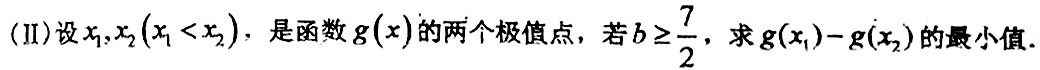
(II)设$x_1,x_2(x_1 < x_2)$，是函数$g(x)$的两个极值点，若$b\geq \frac{7}{2}$，求$g(x_1)-g(x_2)$的最小值.